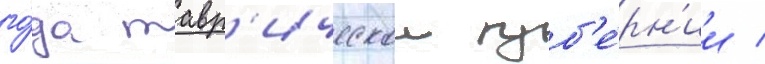
го́да тавр'ическои губ'е́рн'ии /